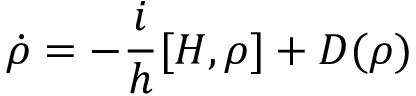
\centering \dot { \rho } = - \frac { i } { h } [ H , \rho ] + D ( \rho )